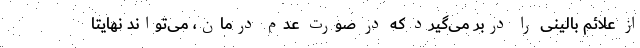
از علائم بالینی را دربر می‌گیرد که در صورت عدم درمان، می‌تواند نهایتاً